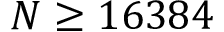
N \geq 1 6 3 8 4